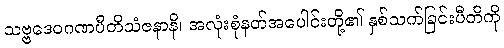
သဗ္ဗဒေဝဂဏပီတိသံဇနာနိ၊ အလုံးစုံနတ်အပေါင်းတို့၏ နှစ်သက်ခြင်းပီတိကို